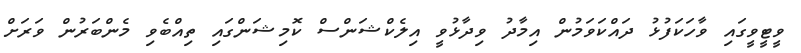
ވީޓީވީގައި ވާހަކަފުޅު ދައްކަވަމުން އިމާދު ވިދާޅުވީ އިލެކްޝަންސް ކޮމިޝަންގައި ތިއްބެވި މެންބަރުން ވަރަށް